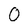
Character: 0